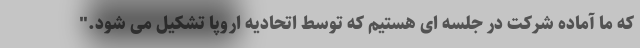
که ما آماده شرکت در جلسه ای هستیم که توسط اتحادیه اروپا تشکیل می شود."